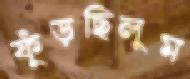
ফুঁড়ছিলুম